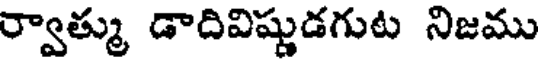
ర్వాత్ము డాదివిష్ణుడగుట నిజము